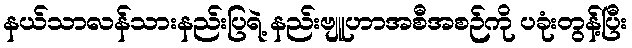
နယ်သာလန်သားနည်းပြရဲ့ နည်းဗျူဟာအစီအစဉ်ကို ပခုံးတွန့်ပြီး